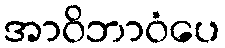
အာဝိဘာဝံပေ